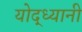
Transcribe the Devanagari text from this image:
योद्ध्यानी